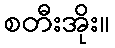
စတီးအိုး။